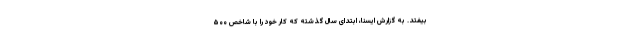
بیفتد. به گزارش ایسنا، ابتدای سال گذشته که کار خود را با شاخص ۵۰۰